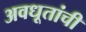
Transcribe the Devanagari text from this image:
अवधूतांची